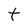
Character: t